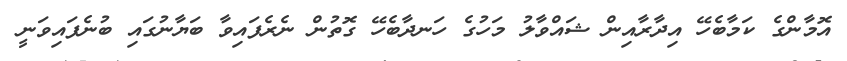
އޮމާންގެ ކަމާބެހޭ އިދާރާއިން ޝައްވާލު މަހުގެ ހަނދާބެހޭ ގޮތުން ނެރެފައިވާ ބަޔާނުގައި ބުނެފައިވަނީ